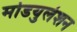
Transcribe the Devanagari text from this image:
मोडयुलेशन